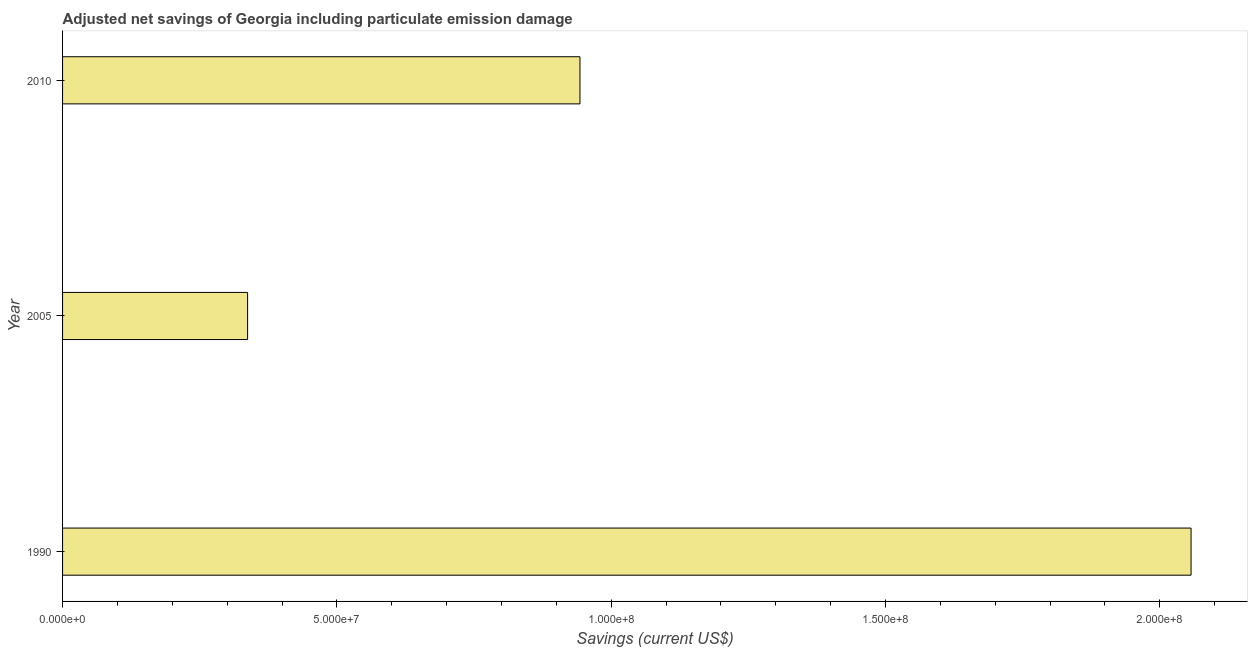
| Year | Adjusted savings: particulate emission damage (current US$) |
 | --- | --- |
 | 1990 | 2.06e+08 |
 | 2005 | 3.37e+07 |
 | 2010 | 9.43e+07 |